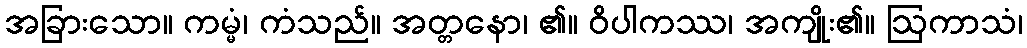
အခြားသော။ ကမ္မံ၊ ကံသည်။ အတ္တနော၊ ၏။ ဝိပါကဿ၊ အကျိုး၏။ ဩကာသံ၊